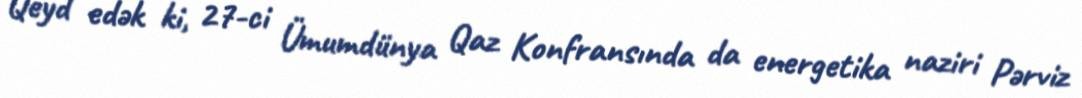
Qeyd edək ki, 27-ci Ümumdünya Qaz Konfransında da energetika naziri Pərviz